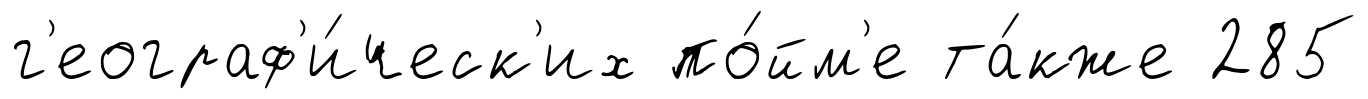
г'еограф'и́ческ'их по́йм'е та́кже 285